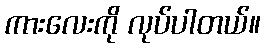
ကားလေးကို လုပ်ပါတယ်။